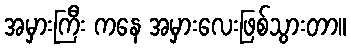
အမှားကြီး ကနေ အမှားလေးဖြစ်သွားတာ။